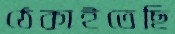
ঠেকাইতেছি